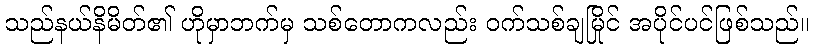
သည်နယ်နိမိတ်၏ ဟိုမှာဘက်မှ သစ်တောကလည်း ဝက်သစ်ချမြိုင် အပိုင်ပင်ဖြစ်သည်။